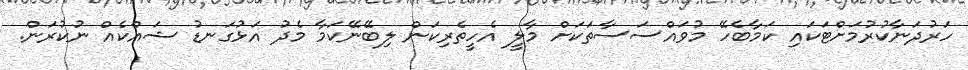
ހަރުދަނާކުރުމަށްޓަކައި ކަމާބެހޭ މުވައްސަސާތަކަށް މާލީ އެހީތެރިކަން ލިބޭނޭކަމާ މެދު އަޅުގަނޑު ޝައްކެއް ނުކުރަން.